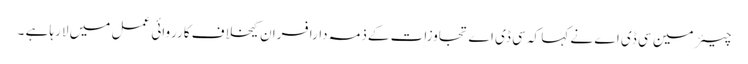
چیئر مین سی ڈی اے نے کہا کہ سی ڈی اے تجاوزات کےذمہ دارافسران کیخلاف کارروائی عمل میں لارہا ہے ۔